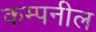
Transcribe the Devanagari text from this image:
कम्पनील